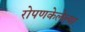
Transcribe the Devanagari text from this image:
रोपणकेलेल्या